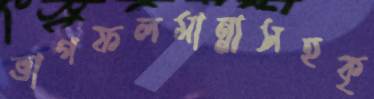
ভাগফলমান্নাসহকৃ